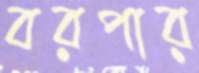
বরপার